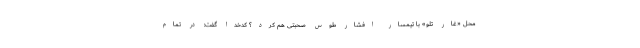
محل «غار تلو» با تیمسار افشار طوس صحبتی هم کرد؟ کدخدا گفت: در تمام